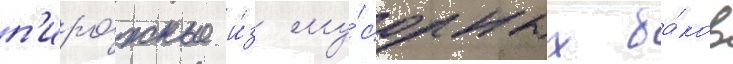
п'иро́жные и́з му́сорных ба́ков